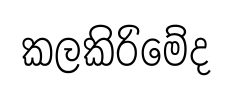
කලකිරිමේද